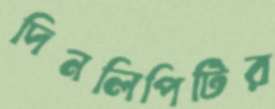
দিনলিপিটির